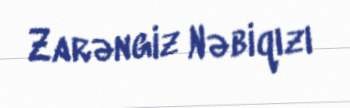
Zarəngiz Nəbiqızı